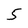
Character: 5